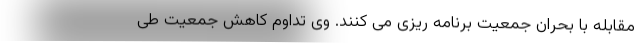
مقابله با بحران جمعیت برنامه ریزی می کنند. وی تداوم کاهش جمعیت طی